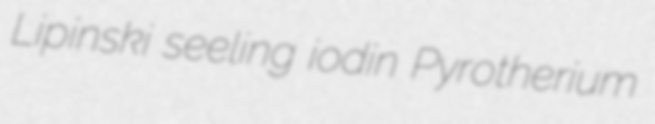
Lipinski seeling iodin Pyrotherium